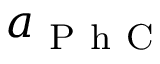
a _ { \mathrm { ~ P ~ h ~ C ~ } }